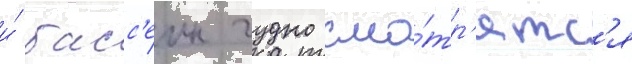
и́ басс'еин чудно смо́тр'ятс'я